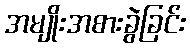
အမျိုးအစားခွဲခြင်း